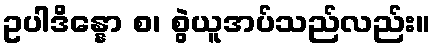
ဥပါဒိန္နော စ၊ စွဲယူအပ်သည်လည်း။